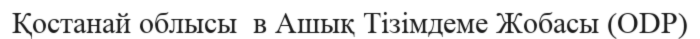
Қостанай облысы  в Ашық Тізімдеме Жобасы (ODP)